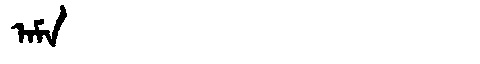
Manchu: ᠠᠮᠠ
Romanization: AMA